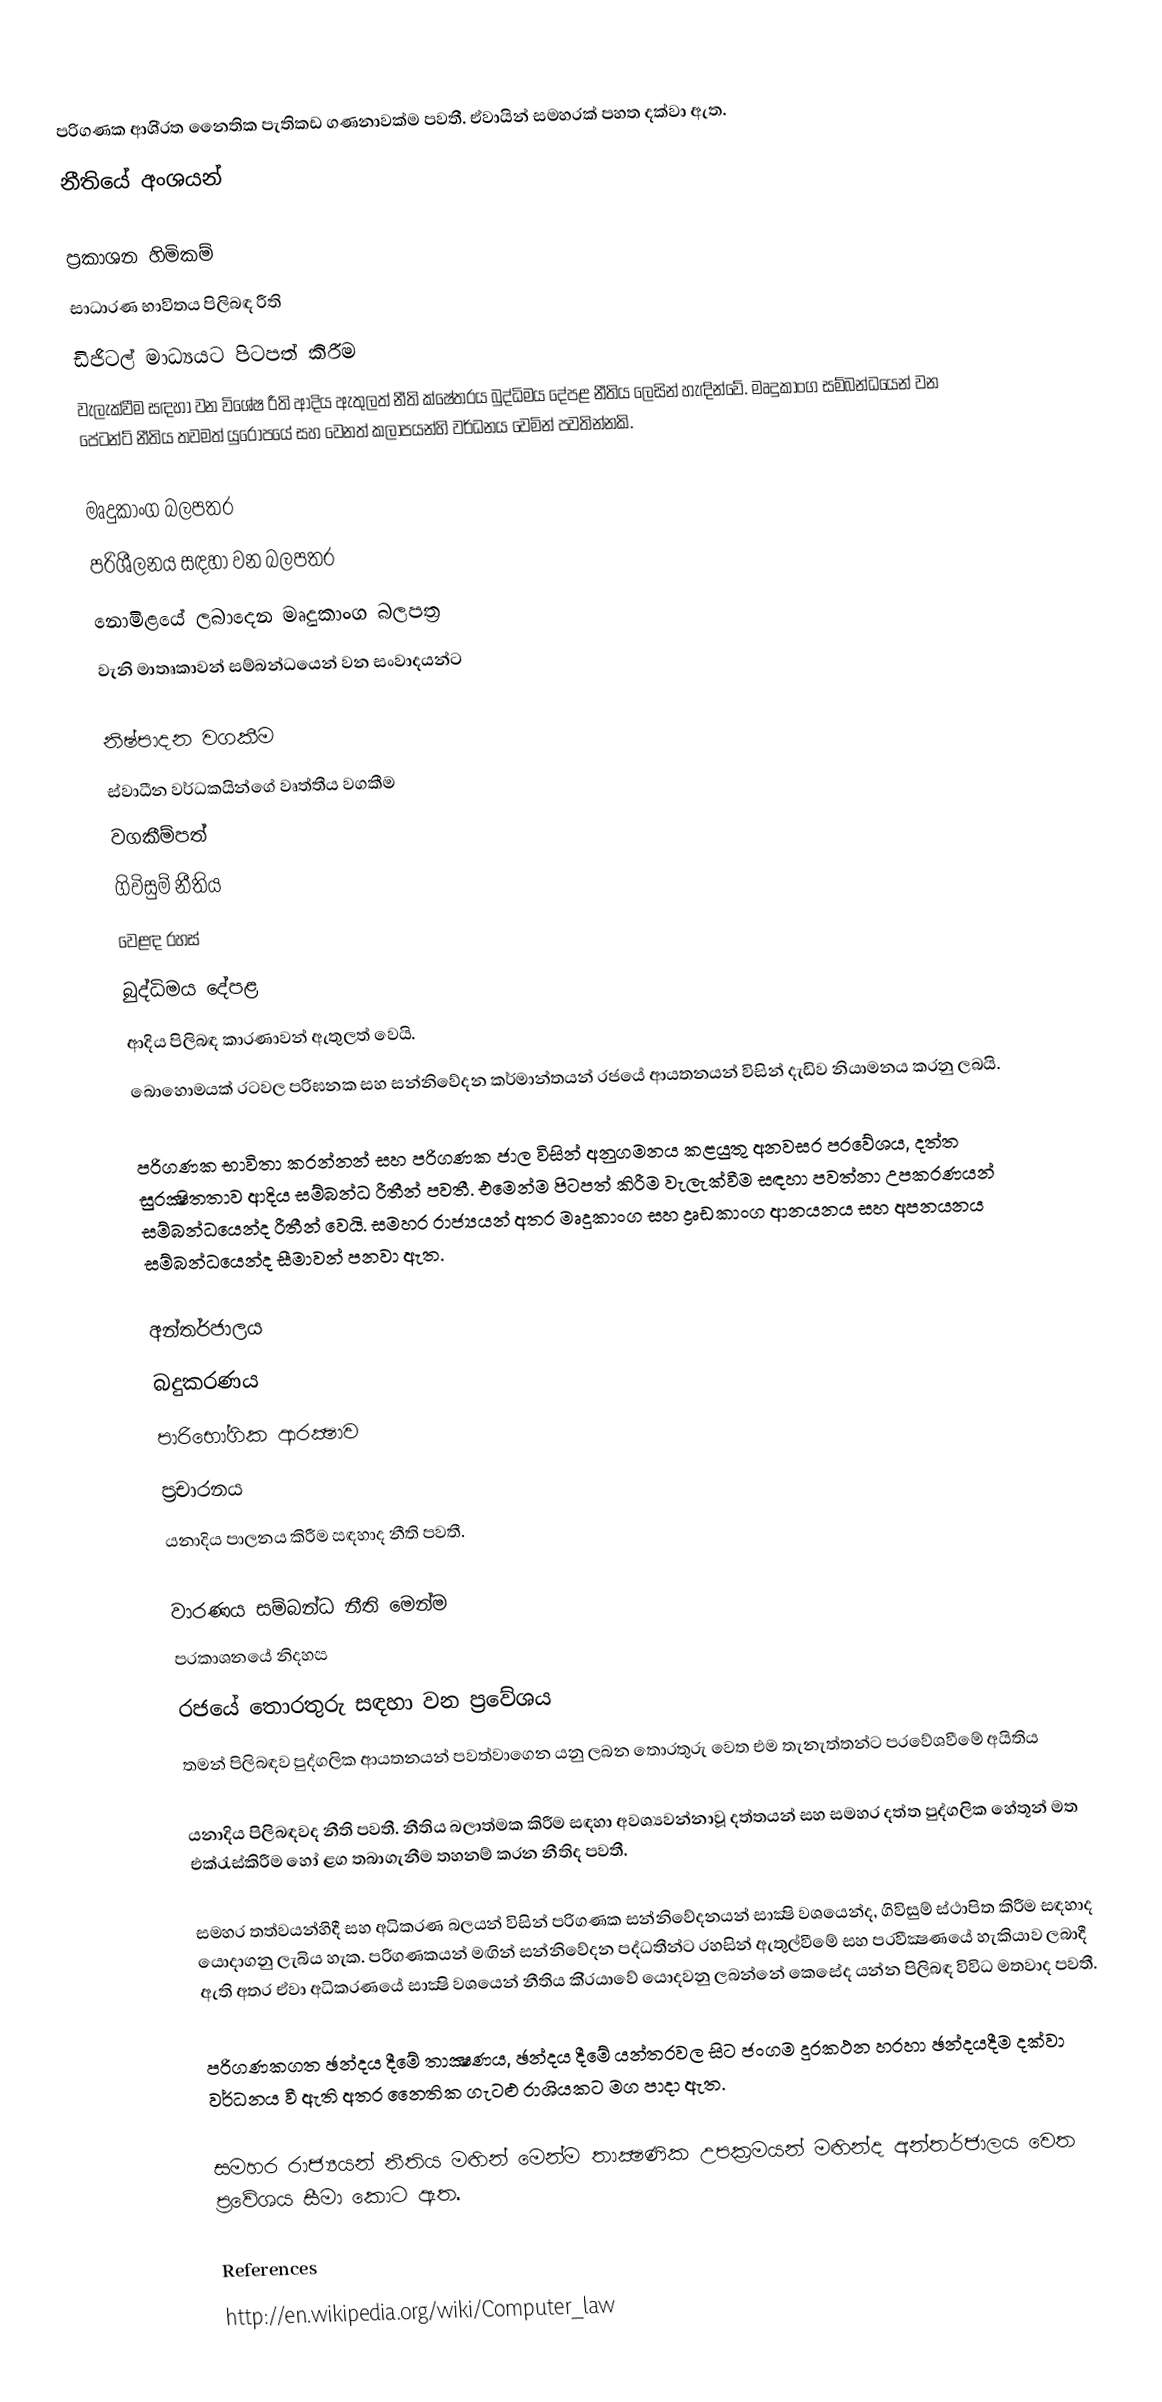
පරිගණක ආශි‍්‍රත නෛතික පැතිකඩ ගණනාවක්ම පවතී. ඒවායින් සමහරක් පහත දක්වා ඇත.
නීතියේ අංශයන්

 ප‍්‍රකාශන හිමිකම්
 සාධාරණ භාවිතය පිලිබඳ රීති‍
 ඩිජිටල් මාධ්‍යයට පිටපත් කිරීම
වැලැක්වීම සඳහා වන විශේෂ රීති ආදිය ඇතුලත් නීති ක්ෂේත‍්‍රය බුද්ධිමය දේපළ නීතිය ලෙසින් හැඳින්වේ. මෘදුකාංග සම්බන්ධයෙන් වන පේටන්ට් නීතිය තවමත් යුරෝපයේ සහ වෙනත් කලාපයන්හි වර්ධනය වෙමින් පවතින්නකි.

 මෘදුකාංග බලපත‍්‍ර
 පරිශීලනය සඳහා වන බලපත‍්‍ර
 නොමිළයේ ලබාදෙන මෘදුකාංග බලපත‍්‍ර
වැනි මාතෘකාවන් සම්බන්ධයෙන් වන සංවාදයන්ට

 නිෂ්පාදන වගකීම
 ස්වාධීන වර්ධකයින්ගේ වෘත්තීය වගකීම
 වගකීම්පත්
 ගිවිසුම් නීතිය
 වෙළඳ රහස්
 බුද්ධිමය දේපළ
ආදිය පිලිබඳ කාරණාවන් ඇතුලත් වෙයි.
බොහොමයක් රටවල පරිඝනක සහ සන්නිවේදන කර්මාන්තයන් රජයේ ආයතනයන් විසින් දැඩිව නියාමනය කරනු ලබයි.

පරිගණක භාවිතා කරන්නන් සහ පරිගණක ජාල විසින් අනුගමනය කළයුතු අනවසර ප‍්‍රවේශය, දත්ත සුරක්‍ෂිතතාව ආදිය සම්බන්ධ රීතීන් පවතී. එමෙන්ම පිටපත් කිරීම වැලැක්වීම සඳහා පවත්නා උපකරණයන් සම්බන්ධයෙන්ද රීතීන් වෙයි. සමහර රාජ්‍යයන් අතර මෘදුකාංග සහ ද්‍රෘඩකාංග ආනයනය සහ අපනයනය සම්බන්ධයෙන්ද සීමාවන් පනවා ඇත.

 අන්තර්ජාලය
 බදුකරණය
 පාරිභෝගික ආරක්‍ෂාව
 ප‍්‍රචාරනය
යනාදිය පාලනය කිරීම සඳහාද නීති පවතී.

වාරණය සම්බන්ධ නීති මෙන්ම
 ප‍්‍රකාශනයේ නිදහස
 රජයේ තොරතුරු සඳහා වන ප‍්‍රවේශය
 තමන් පිලිබඳව පුද්ගලික ආයතනයන් පවත්වාගෙන යනු ලබන තොරතුරු වෙත එම තැනැත්තන්ට ප‍්‍රවේශවීමේ අයිතිය

යනාදිය පිලිබඳවද නීති පවතී. නීතිය බලාත්මක කිරීම සඳහා අවශ්‍යවන්නාවූ දත්තයන් සහ සමහර දත්ත පුද්ගලික හේතූන් මත එක්රැස්කිරීම හෝ ළග තබාගැනීම තහනම් කරන නීතිද පවතී.

සමහර තත්වයන්හිදී සහ අධිකරණ බලයන් විසින් පරිගණක සන්නිවේදනයන් සාක්‍ෂි වශයෙන්ද, ගිවිසුම් ස්ථාපිත කිරීම සඳහාද යොදාගනු ලැබිය හැක. පරිගණකයන් මඟින් සන්නිවේදන පද්ධතීන්ට රහසින් ඇතුල්වීමේ සහ ප‍්‍රවීක්‍ෂණයේ හැකියාව ලබාදී ඇති අතර ඒවා අධිකරණයේ සාක්‍ෂි වශයෙන් නීතිය කි‍්‍රයාවේ යොදවනු ලබන්නේ කෙසේද යන්න පිලිබඳ විවිධ මතවාද පවතී.

පරිගණකගත ඡන්දය දීමේ තාක්‍ෂණය, ඡන්දය දීමේ යන්ත‍්‍රවල සිට ජංගම දුරකථන හරහා ඡන්දයදීම දක්වා වර්ධනය වී ඇති අතර නෛතික ගැටළු රාශියකට මග පාදා ඇත.

සමහර රාජ්‍යයන් නීතිය මඟින් මෙන්ම තාක්‍ෂණික උපක‍්‍රමයන් මඟින්ද අන්තර්ජාලය වෙත ප‍්‍රවේශය සීමා කොට ඇත.

References
http://en.wikipedia.org/wiki/Computer_law